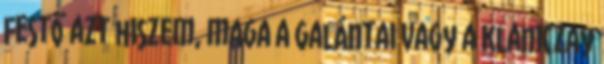
Festő azt hiszem, maga a Galántai vagy a Klaniczay